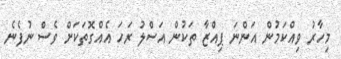
މިހާރު ވިއްކަމުން އަންނަ ޕިއްޒާ ތަކުން އަސްލު ރަހަ އެއްގޮތަކަށް ވެސް ނުފެނެ